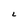
Character: 6